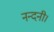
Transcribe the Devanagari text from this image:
नन्दनी।